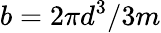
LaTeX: b=2\pi d^{3}/3m